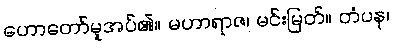
ဟောတော်မူအပ်၏။ မဟာရာဇ၊ မင်းမြတ်။ တံပန၊